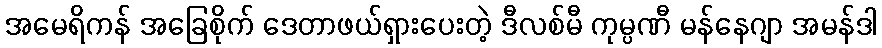
အမေရိကန် အခြေစိုက် ဒေတာဖယ်ရှားပေးတဲ့ ဒီလစ်မီ ကုမ္ပဏီ မန်နေဂျာ အမန်ဒါ